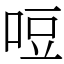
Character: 哣